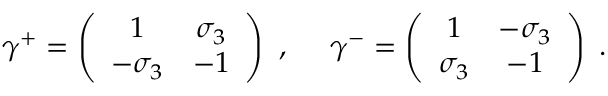
\gamma ^ { + } = \left( \begin{array} { c c } { { 1 } } & { { \sigma _ { 3 } } } \\ { { - \sigma _ { 3 } } } & { { - 1 } } \end{array} \right) ~ , ~ ~ ~ ~ \gamma ^ { - } = \left( \begin{array} { c c } { { 1 } } & { { - \sigma _ { 3 } } } \\ { { \sigma _ { 3 } } } & { { - 1 } } \end{array} \right) \; .